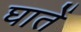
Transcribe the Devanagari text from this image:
घातें